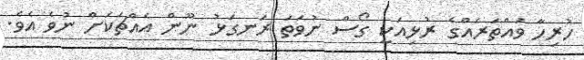
ހުރިހާ ވައްތަރެއްގެ ރުޅިއަކީ ގޯސް ނުވަތަ ރަނގަޅު ނޫން އެއްޗަކަށް ނުވެ އެވެ.